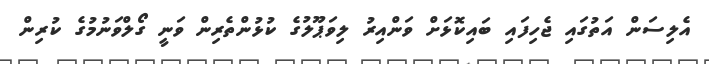
އެލިސަން އަތުގައި ޖެހިފައި ބައިކޮޅަށް ވަންއިރު ލިވަޕޫލުގެ ކުޅުންތެރިން ވަނީ ގޯލްވަނުމުގެ ކުރިން